Civil Veterinary Department. Madras. Admin. report 1926-33 - 1926-1933
Year: 1926
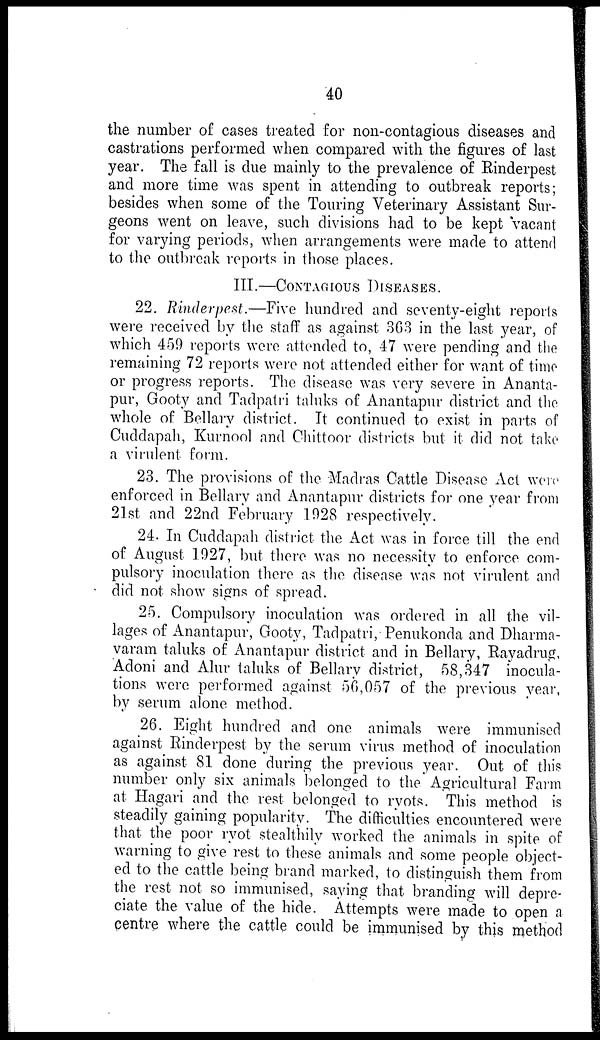
40
the number of cases treated for non-contagious diseases and
castrations performed when compared with the figures of last
year. The fall is due mainly to the prevalence of Rinderpest
and more time was spent in attending to outbreak reports;
besides when some of the Touring Veterinary Assistant Sur-
geons went on leave, such divisions had to be kept vacant
for varying periods, when arrangements were made to attend
to the outbreak reports in those places.
III.—CONTAGIOUS DISEASES.
22. Rinderpest.—Five hundred and seventy-eight reports
were received by the staff as against 363 in the last year, of
which 459 reports were attended to, 47 were pending and the
remaining 72 reports were not attended either for want of time
or progress reports. The disease was very severe in Ananta-
pur, Gooty and Tadpatri taluks of Anantapur district and the
whole of Bellary district. It continued to exist in parts of
Cuddapah, Kurnool and Chittoor districts but it did not take
a virulent form.
23. The provisions of the Madras Cattle Disease Act were
enforced in Bellary and Anantapur districts for one year from
21st and 22nd February 1928 respectively.
24. In Cuddapah district the Act was in force till the end
of August 1927, but there was no necessity to enforce com-
pulsory inoculation there as the disease was not virulent and
did not show signs of spread.
25. Compulsory inoculation was ordered in all the vil-
lages of Anantapur, Gooty, Tadpatri, Penukonda and Dharma-
varam taluks of Anantapur district and in Bellary, Rayadrug,
Adoni and Alur taluks of Bellary district, 58,347 inocula-
tions were performed against 56,057 of the previous year,
by serum alone method.
26. Eight hundred and one animals were immunised
against Rinderpest by the serum virus method of inoculation
as against 81 done during the previous year. Out of this
number only six animals belonged to the Agricultural Farm
at Hagari and the rest belonged to ryots. This method is
steadily gaining popularity. The difficulties encountered were
that the poor ryot stealthily worked the animals in spite of
warning to give rest to these animals and some people object-
ed to the cattle being brand marked, to distinguish them from
the rest not so immunised, saying that branding will depre-
ciate the value of the hide. Attempts were made to open a
centre where the cattle could be immunised by this method